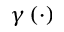
\gamma \left( \cdot \right)